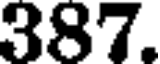
387.